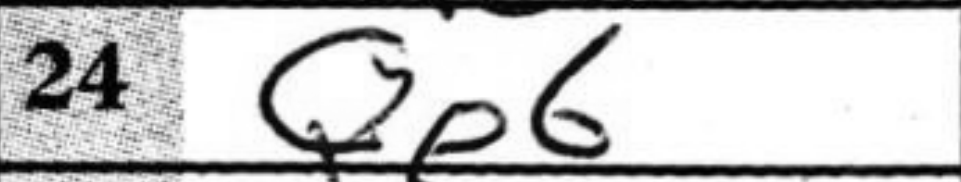
Transcription: Qe6